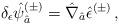
LaTeX: \begin{align*}\delta_{\epsilon} \hat{\psi}^{(\pm)}_{\hat{a}}=\hat{\nabla}_{\hat{a}} \hat{\epsilon}^{(\pm)}\, ,\end{align*}